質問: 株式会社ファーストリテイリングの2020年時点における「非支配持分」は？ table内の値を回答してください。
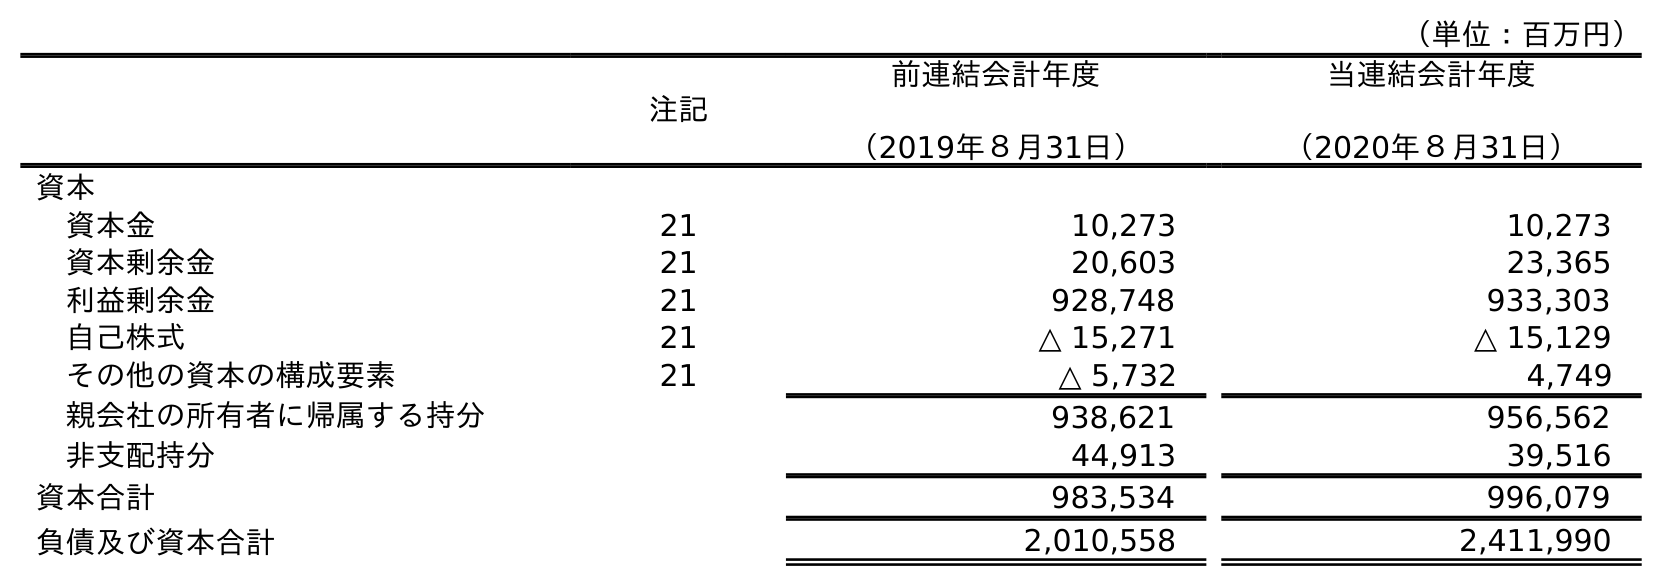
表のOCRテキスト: （単位：百万円） 注記 前連結会計年度 （2019年８月31日） 当連結会計年度 （2020年８月31日） 資本 資本金 21 10,273 10,273 資本剰余金 21 20,603 23,365 利益剰余金 21 928,748 933,303 自己株式 21 △ 15,271 △ 15,129 その他の資本の構成要素 21 △ 5,732 4,749 親会社の所有者に帰属する持分 938,621 956,562 非支配持分 44,913 39,516 資本合計 983,534 996,079 負債及び資本合計 2,010,558 2,411,990
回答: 39,516